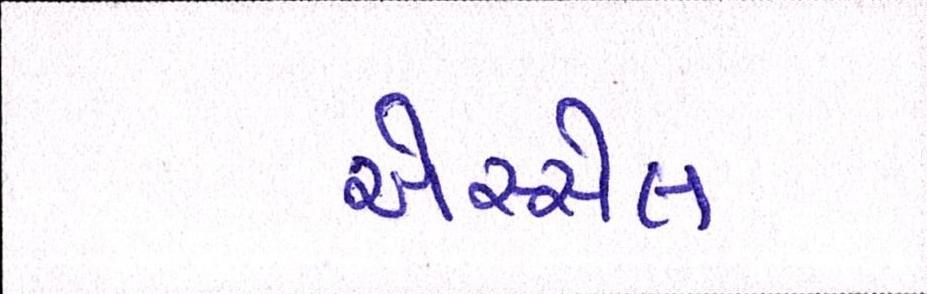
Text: એસ્સેલ